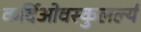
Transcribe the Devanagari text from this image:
कर्दिओवस्कुलर्ल्य